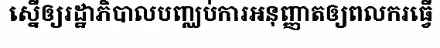
ស្នើឲ្យរដ្ឋាភិបាលបញ្ឈប់ការអនុញ្ញាតឲ្យពលករធ្វើ